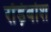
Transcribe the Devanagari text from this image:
रोंड़ेबोश